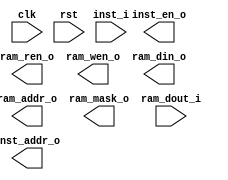

module rvcpu_two_issue #(
    parameter PC_START  = 32'h8000_0000, 
    parameter ISSUE_NUM = 2,
    parameter INST_DW   = 32,
    parameter INST_AW   = 32,
    parameter MEM_DW    = 32,
    parameter MEM_AW    = 32,
    parameter RAM_DW    = 32,
    parameter RAM_AW    = 32,
    parameter REG_DW    = 32,
    parameter REG_AW    = 5,
    parameter ALUOP_DW  = 5
)(
    input                           clk,
    input                           rst,

    output                          inst_en_o,
    output  [INST_AW-1:0]           inst_addr_o,
    input   [INST_DW*ISSUE_NUM-1:0] inst_i,

    output                          ram_ren_o,
    output                          ram_wen_o,
    output  [RAM_AW-1:0]            ram_addr_o,
    output  [RAM_DW-1:0]            ram_mask_o,
    output  [RAM_DW-1:0]            ram_din_o,
    input   [RAM_DW-1:0]            ram_dout_i
);


endmodule